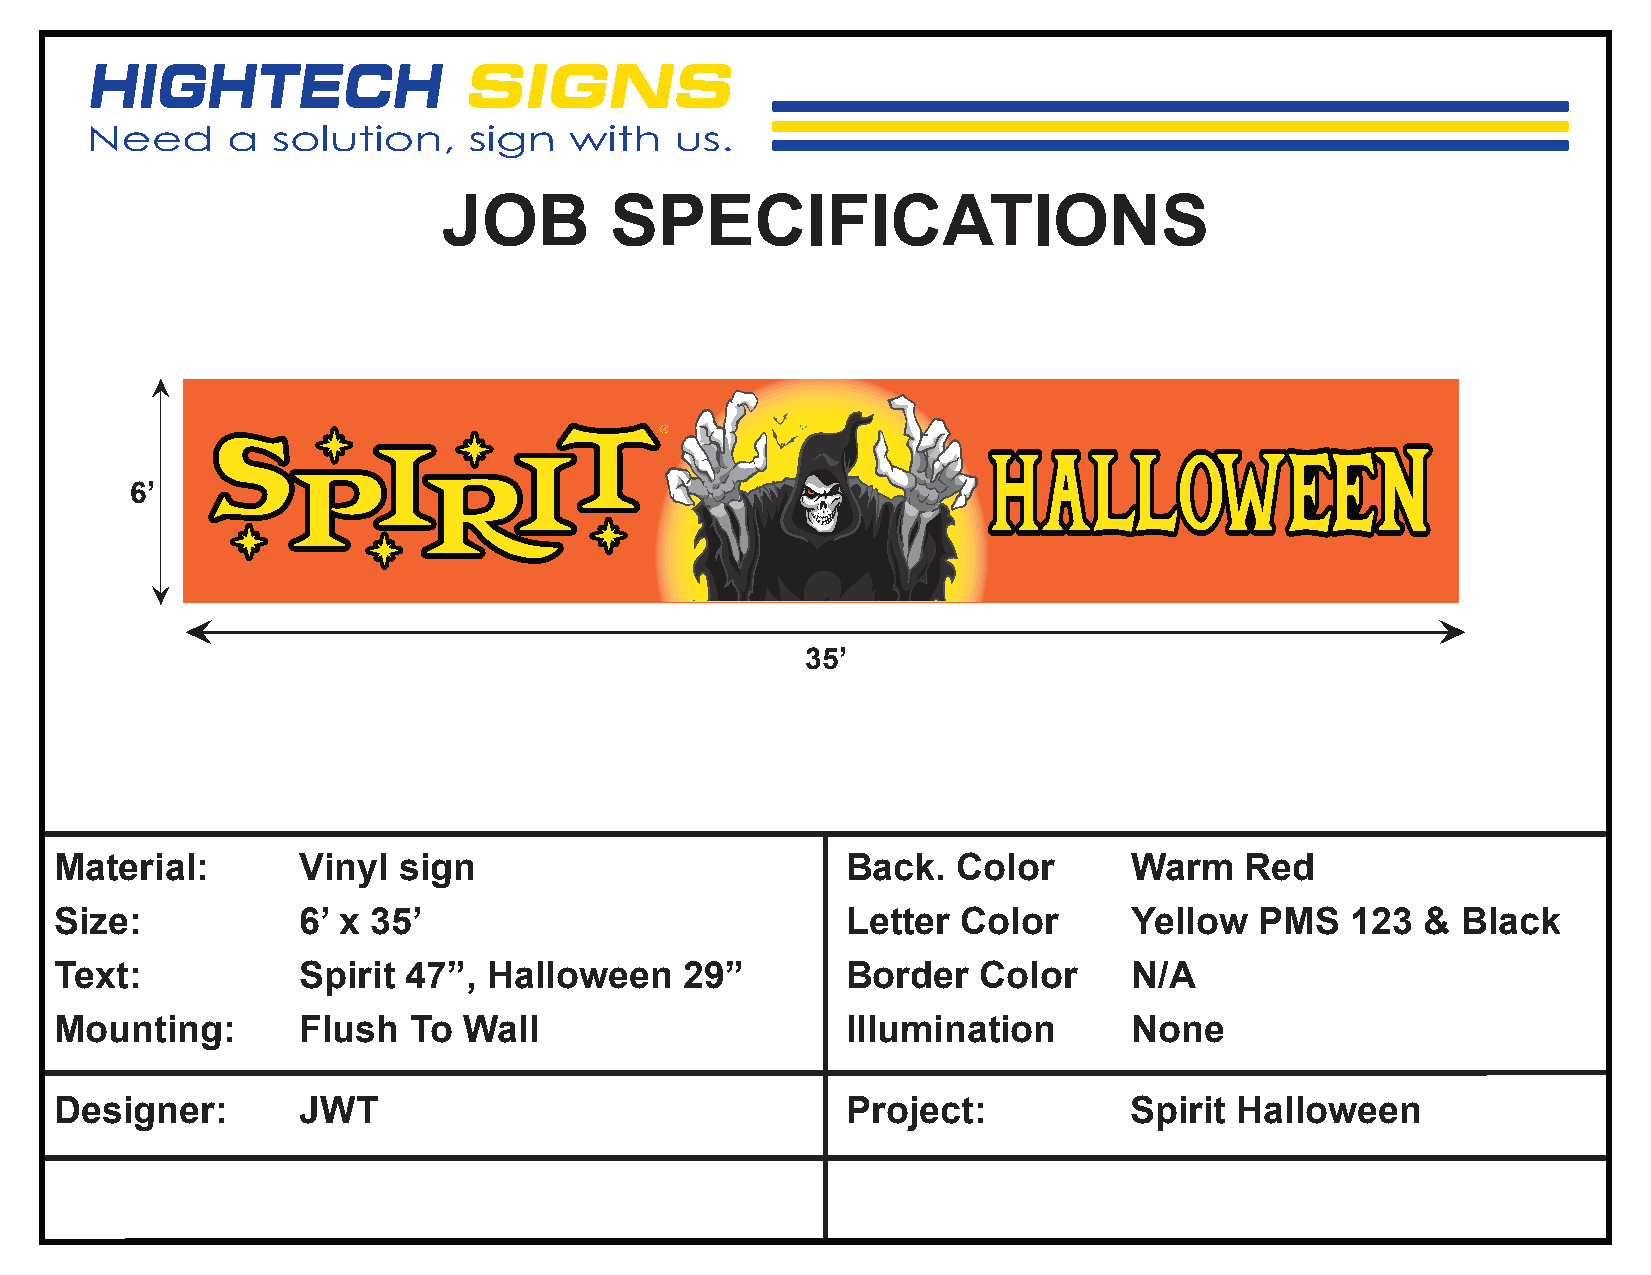
JOB        SPECIFICATIONS
 6’
 35’
 Material:       Vinyl sign                          Back.  Color       Warm   Red
 Size:           6’ x 35’                            Letter  Color      Yellow  PMS   123  &  Black
 Text:           Spirit 47”, Halloween    29”        Border   Color     N/A
 Mounting:       Flush  To  Wall                     Illumination       None
 Designer:       JWT                                 Project:           Spirit Halloween